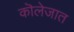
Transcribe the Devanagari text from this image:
कॊलेजात